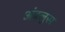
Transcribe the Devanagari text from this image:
अंदलुस